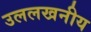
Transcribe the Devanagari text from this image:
उललखनीय